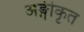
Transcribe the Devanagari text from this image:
अङ्गीकृत